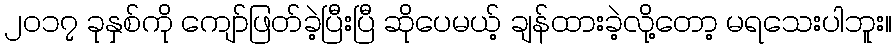
၂၀၁၇ ခုနှစ်ကို ကျော်ဖြတ်ခဲ့ပြီးပြီ ဆိုပေမယ့် ချန်ထားခဲ့လို့တော့ မရသေးပါဘူး။